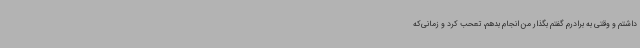
داشتم و وقتی به برادرم گفتم بگذار من انجام بدهم، تعحب کرد و زمانی‌که